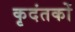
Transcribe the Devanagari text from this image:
कृदंतकों